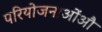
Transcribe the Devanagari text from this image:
परियोजनाओंऔ